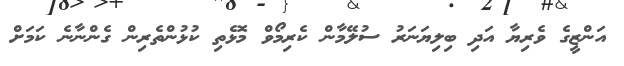
އަންޒީގެ ވެރިޔާ އަދި ބިލިޔަނަރު ސުލޭމާން ކެރިމޯވް މޮޅެތި ކުޅުންތެރިން ގެންނާނެ ކަމަށް